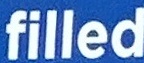
filled